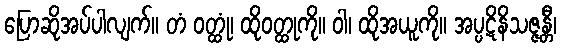
ပြောဆိုအပ်ပါလျက်။ တံ ဝတ္ထုံ၊ ထိုဝတ္ထုကို။ ဝါ၊ ထိုအယူကို။ အပ္ပဋိနိသဇ္ဇန္တီ၊